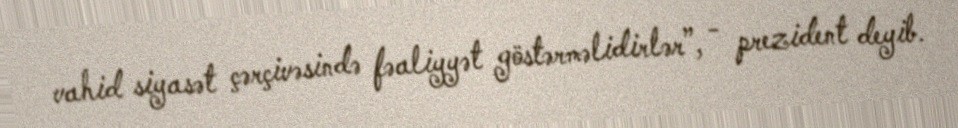
vahid siyasət çərçivəsində fəaliyyət göstərməlidirlər”, - prezident deyib.